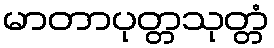
မာတာပုတ္တသုတ္တံ